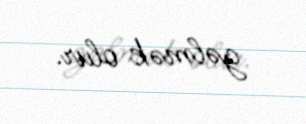
gəlmək olur.